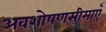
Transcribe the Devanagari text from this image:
अवशोषणसीमाएँ